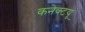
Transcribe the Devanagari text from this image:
कनेक्टयू